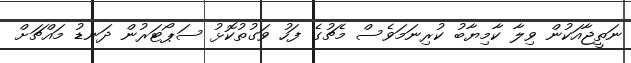
ނަތީޖާއަކުން ވިލާ ކާމިޔާބު ކުރިނަމަވެސް މެޗުގެ ފަހު ވަގުތުކޮޅު ސަޕޯޓަރުން ދަނޑު މައްޗަށް